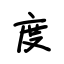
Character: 度